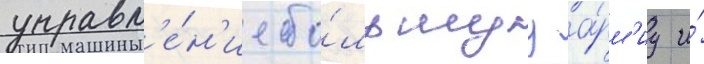
управл'е́н'ие бо́льшуу а́рм'иу и́